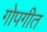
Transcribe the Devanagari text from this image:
गोपगीत